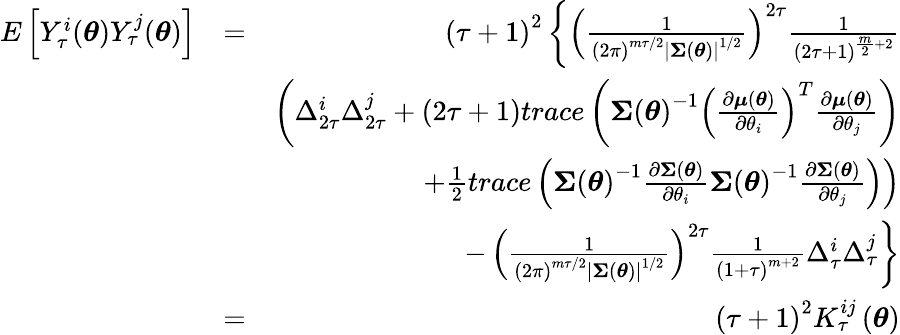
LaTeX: \begin{array}{rlr}{E\left[Y_{\tau}^{i}(\boldsymbol{\theta})Y_{\tau}^{j}(\boldsymbol{\theta})\right]}&{=}&{\left(\tau+1\right)^{2}\left\{ \left(\frac{1}{\left(2\pi\right)^{m\tau/2}\left\vert\boldsymbol{\Sigma}\left(\boldsymbol{\theta}\right)\right\vert^{1/2}}\right)^{2\tau}\frac{1}{\left(2\tau+1\right)^{\frac{m}{2}+2}}\right.}\\ &{}&{\left.\left(\Delta_{2\tau}^{i}\Delta_{2\tau}^{j}+\left(2\tau+1\right)trace\left(\boldsymbol{\Sigma}\left(\boldsymbol{\theta}\right)^{-1}\left(\frac{\partial\boldsymbol{\mu}\left(\boldsymbol{\theta}\right)}{\partial\theta_{i}}\right)^{T}\frac{\partial\boldsymbol{\mu}\left(\boldsymbol{\theta}\right)}{\partial\theta_{j}}\right)\right.\right.}\\ &{}&{\left.\left.+\frac{1}{2}trace\left(\boldsymbol{\Sigma}\left(\boldsymbol{\theta}\right)^{-1}\frac{\partial\boldsymbol{\Sigma}\left(\boldsymbol{\theta}\right)}{\partial\theta_{i}}\boldsymbol{\Sigma}\left(\boldsymbol{\theta}\right)^{-1}\frac{\partial\boldsymbol{\Sigma}\left(\boldsymbol{\theta}\right)}{\partial\theta_{j}}\right)\right)\right.}\\ &{}&{-\left.\left(\frac{1}{\left(2\pi\right)^{m\tau/2}\left\vert\boldsymbol{\Sigma}\left(\boldsymbol{\theta}\right)\right\vert^{1/2}}\right)^{2\tau}\frac{1}{\left(1+\tau\right)^{m+2}}\Delta_{\tau}^{i}\Delta_{\tau}^{j}\right\} }\\ &{=}&{\left(\tau+1\right)^{2}K_{\tau}^{ij}\left(\boldsymbol{\theta}\right)}\end{array}